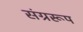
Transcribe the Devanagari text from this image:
संग्ररूप